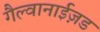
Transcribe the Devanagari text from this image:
गैल्वानाईज़ड